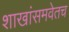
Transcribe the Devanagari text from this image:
शाखांसमवेतच